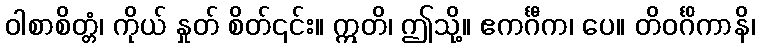
ဝါစာစိတ္တံ၊ ကိုယ် နှုတ် စိတ်၎င်း။ ဣတိ၊ ဤသို့။ ဧကင်္ဂီက၊ ပေ။ တိဝင်္ဂိကာနိ၊